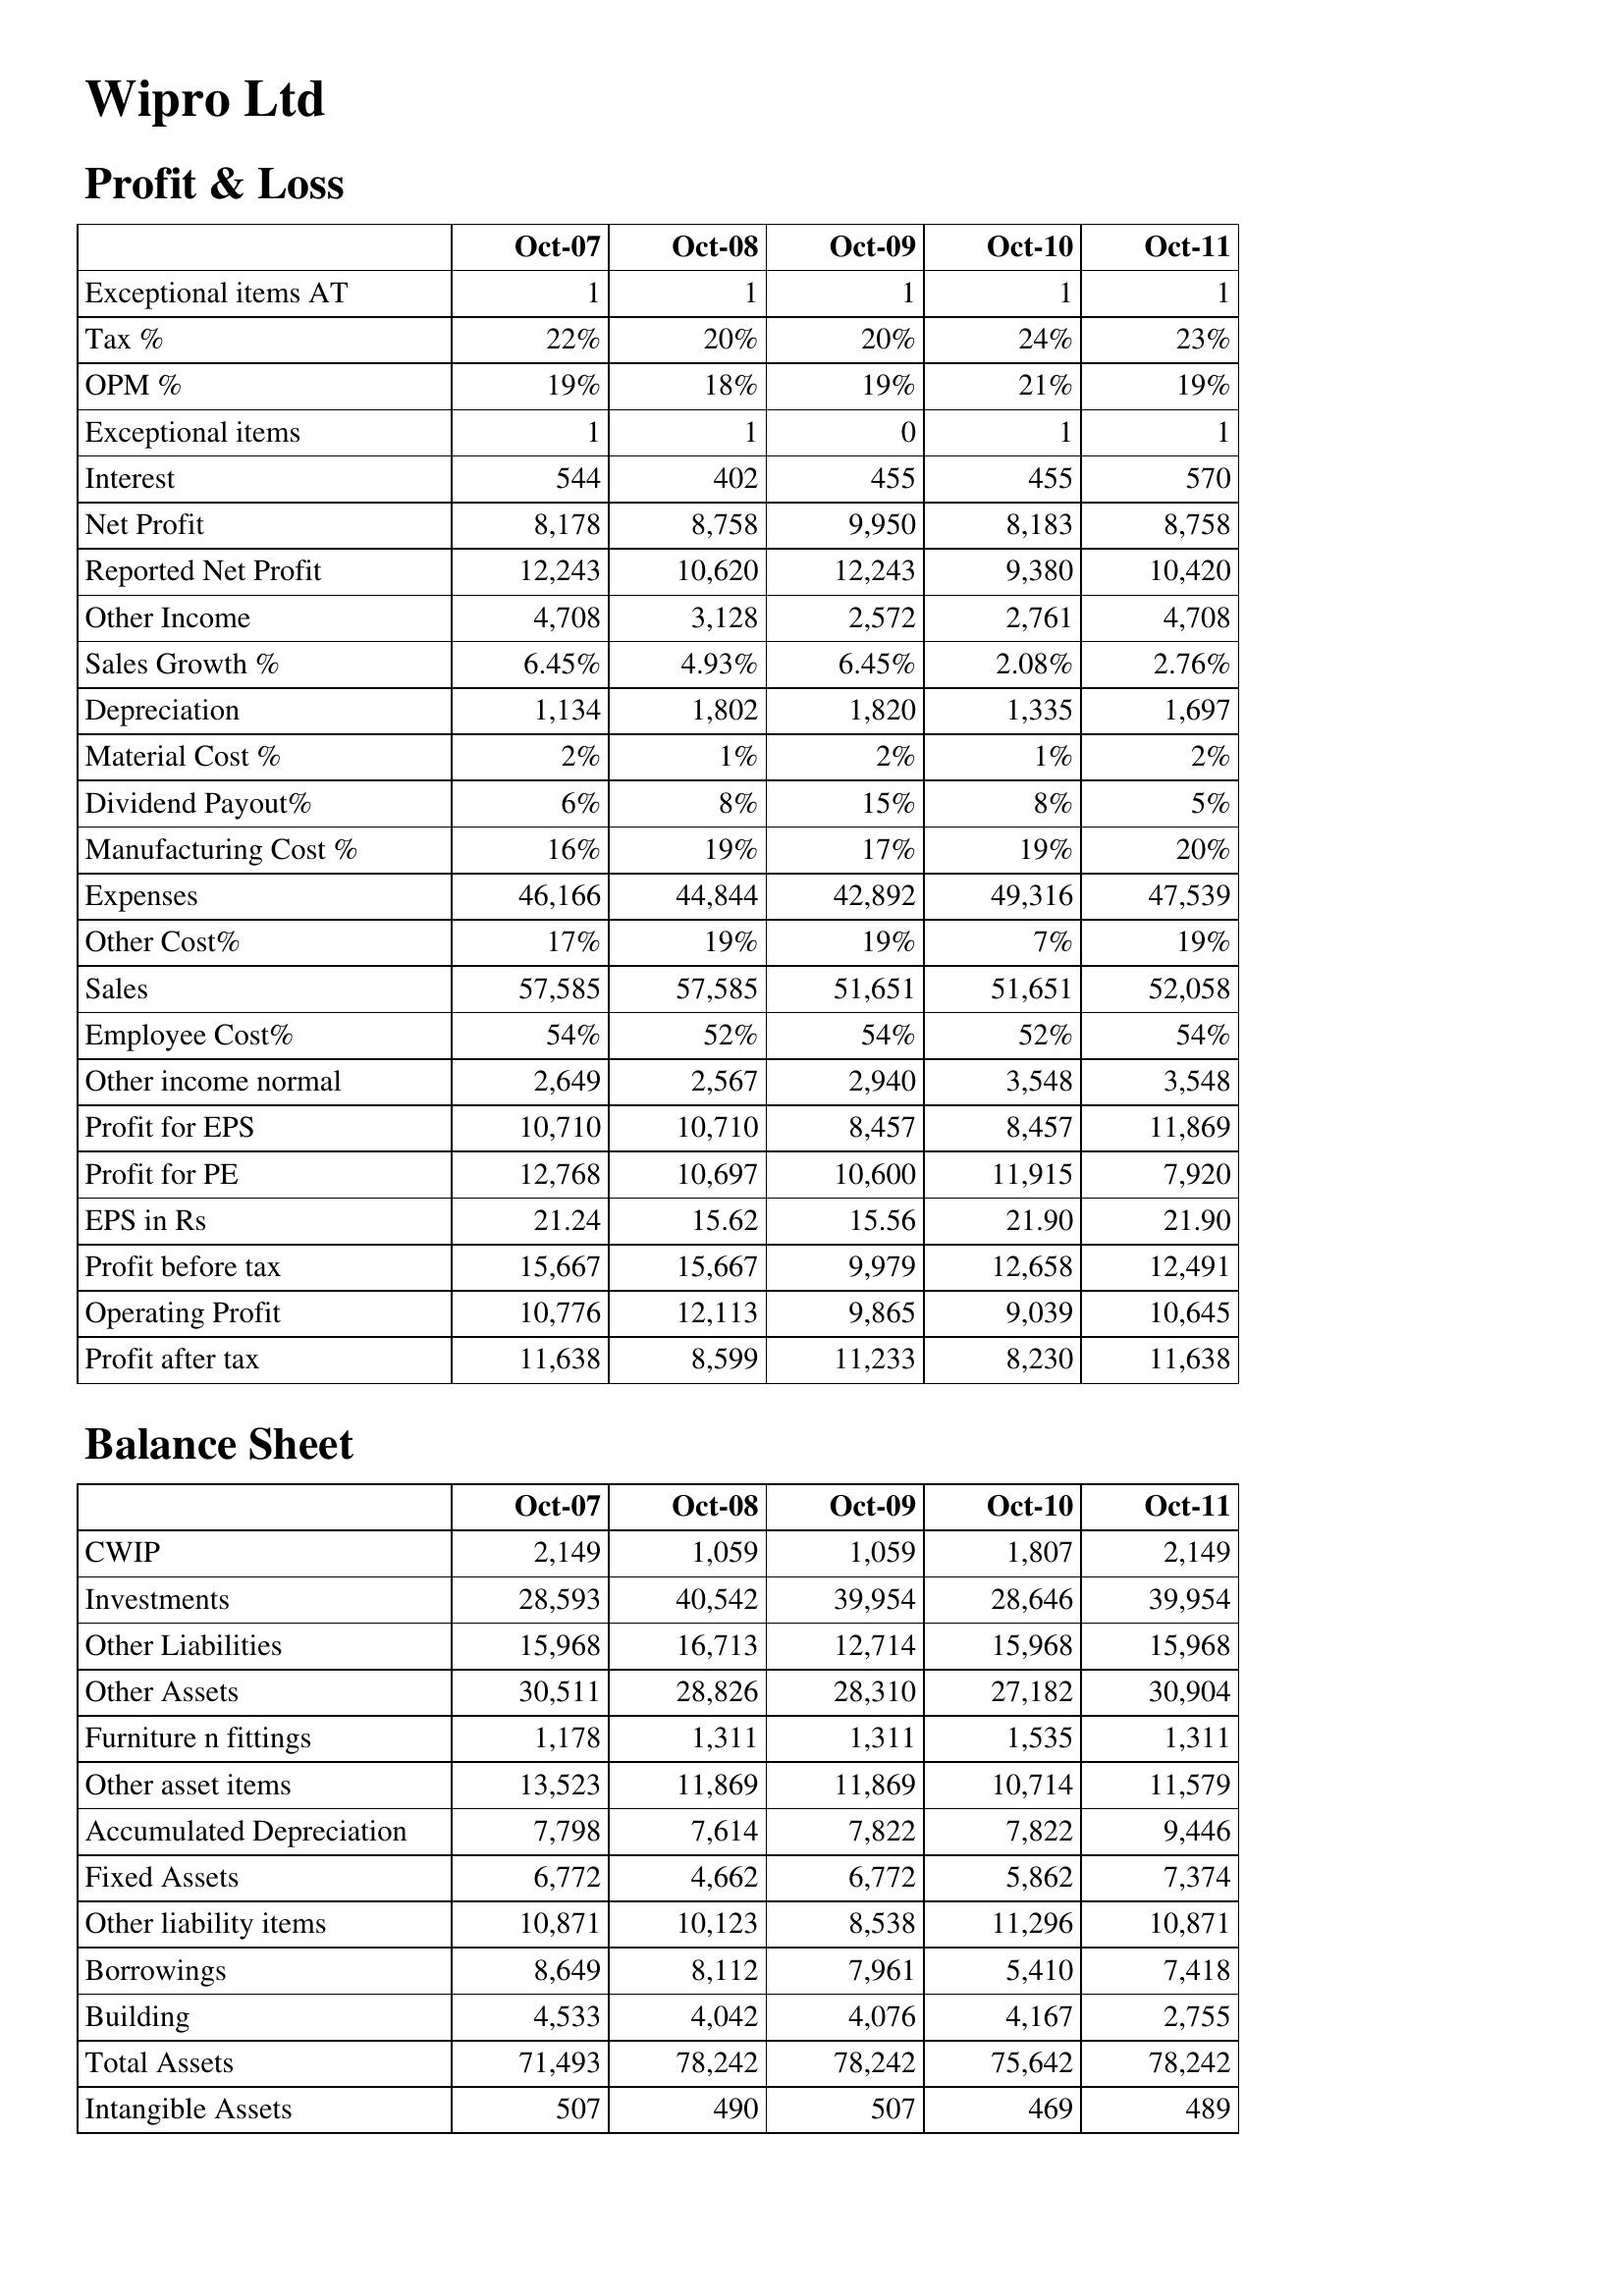
Oct-07: Profit & Loss: Exceptional items AT: 1
Tax %: 22%
OPM %: 19%
Exceptional items: 1
Interest: 544
Net Profit: 8,178
Reported Net Profit: 12,243
Other Income: 4,708
Sales Growth %: 6.45%
Depreciation: 1,134
Material Cost %: 2%
Dividend Payout%: 6%
Manufacturing Cost %: 16%
Expenses: 46,166
Other Cost%: 17%
Sales: 57,585
Employee Cost%: 54%
Other income normal: 2,649
Profit for EPS: 10,710
Profit for PE: 12,768
EPS in Rs: 21.24
Profit before tax: 15,667
Operating Profit: 10,776
Profit after tax: 11,638
Balance Sheet: CWIP: 2,149
Investments: 28,593
Other Liabilities: 15,968
Other Assets: 30,511
Furniture n fittings: 1,178
Other asset items: 13,523
Accumulated Depreciation: 7,798
Fixed Assets: 6,772
Other liability items: 10,871
Borrowings: 8,649
Building: 4,533
Total Assets: 71,493
Intangible Assets: 507
Oct-08: Profit & Loss: Exceptional items AT: 1
Tax %: 20%
OPM %: 18%
Exceptional items: 1
Interest: 402
Net Profit: 8,758
Reported Net Profit: 10,620
Other Income: 3,128
Sales Growth %: 4.93%
Depreciation: 1,802
Material Cost %: 1%
Dividend Payout%: 8%
Manufacturing Cost %: 19%
Expenses: 44,844
Other Cost%: 19%
Sales: 57,585
Employee Cost%: 52%
Other income normal: 2,567
Profit for EPS: 10,710
Profit for PE: 10,697
EPS in Rs: 15.62
Profit before tax: 15,667
Operating Profit: 12,113
Profit after tax: 8,599
Balance Sheet: CWIP: 1,059
Investments: 40,542
Other Liabilities: 16,713
Other Assets: 28,826
Furniture n fittings: 1,311
Other asset items: 11,869
Accumulated Depreciation: 7,614
Fixed Assets: 4,662
Other liability items: 10,123
Borrowings: 8,112
Building: 4,042
Total Assets: 78,242
Intangible Assets: 490
Oct-09: Profit & Loss: Exceptional items AT: 1
Tax %: 20%
OPM %: 19%
Exceptional items: 0
Interest: 455
Net Profit: 9,950
Reported Net Profit: 12,243
Other Income: 2,572
Sales Growth %: 6.45%
Depreciation: 1,820
Material Cost %: 2%
Dividend Payout%: 15%
Manufacturing Cost %: 17%
Expenses: 42,892
Other Cost%: 19%
Sales: 51,651
Employee Cost%: 54%
Other income normal: 2,940
Profit for EPS: 8,457
Profit for PE: 10,600
EPS in Rs: 15.56
Profit before tax: 9,979
Operating Profit: 9,865
Profit after tax: 11,233
Balance Sheet: CWIP: 1,059
Investments: 39,954
Other Liabilities: 12,714
Other Assets: 28,310
Furniture n fittings: 1,311
Other asset items: 11,869
Accumulated Depreciation: 7,822
Fixed Assets: 6,772
Other liability items: 8,538
Borrowings: 7,961
Building: 4,076
Total Assets: 78,242
Intangible Assets: 507
Oct-10: Profit & Loss: Exceptional items AT: 1
Tax %: 24%
OPM %: 21%
Exceptional items: 1
Interest: 455
Net Profit: 8,183
Reported Net Profit: 9,380
Other Income: 2,761
Sales Growth %: 2.08%
Depreciation: 1,335
Material Cost %: 1%
Dividend Payout%: 8%
Manufacturing Cost %: 19%
Expenses: 49,316
Other Cost%: 7%
Sales: 51,651
Employee Cost%: 52%
Other income normal: 3,548
Profit for EPS: 8,457
Profit for PE: 11,915
EPS in Rs: 21.90
Profit before tax: 12,658
Operating Profit: 9,039
Profit after tax: 8,230
Balance Sheet: CWIP: 1,807
Investments: 28,646
Other Liabilities: 15,968
Other Assets: 27,182
Furniture n fittings: 1,535
Other asset items: 10,714
Accumulated Depreciation: 7,822
Fixed Assets: 5,862
Other liability items: 11,296
Borrowings: 5,410
Building: 4,167
Total Assets: 75,642
Intangible Assets: 469
Oct-11: Profit & Loss: Exceptional items AT: 1
Tax %: 23%
OPM %: 19%
Exceptional items: 1
Interest: 570
Net Profit: 8,758
Reported Net Profit: 10,420
Other Income: 4,708
Sales Growth %: 2.76%
Depreciation: 1,697
Material Cost %: 2%
Dividend Payout%: 5%
Manufacturing Cost %: 20%
Expenses: 47,539
Other Cost%: 19%
Sales: 52,058
Employee Cost%: 54%
Other income normal: 3,548
Profit for EPS: 11,869
Profit for PE: 7,920
EPS in Rs: 21.90
Profit before tax: 12,491
Operating Profit: 10,645
Profit after tax: 11,638
Balance Sheet: CWIP: 2,149
Investments: 39,954
Other Liabilities: 15,968
Other Assets: 30,904
Furniture n fittings: 1,311
Other asset items: 11,579
Accumulated Depreciation: 9,446
Fixed Assets: 7,374
Other liability items: 10,871
Borrowings: 7,418
Building: 2,755
Total Assets: 78,242
Intangible Assets: 489